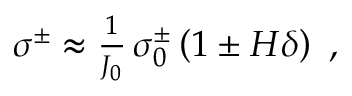
\begin{array} { r } { \sigma ^ { \pm } \approx \frac { 1 } { J _ { 0 } } \, \sigma _ { 0 } ^ { \pm } \left( 1 \pm H \delta \right) ~ , } \end{array}